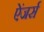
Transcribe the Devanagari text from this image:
ऐंजर्स